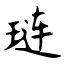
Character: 琏